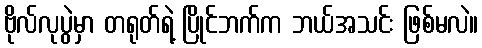
ဗိုလ်လုပွဲမှာ တရုတ်ရဲ့ ပြိုင်ဘက်က ဘယ်အသင်း ဖြစ်မလဲ။